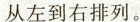
从左到右排列。